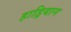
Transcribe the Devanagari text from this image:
हाड्रियान